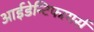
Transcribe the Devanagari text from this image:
आईडेन्टिफायर्स